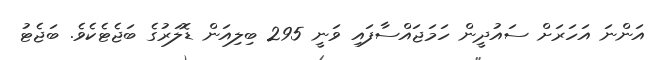
އަންނަ އަހަރަށް ސައުދީން ހަމަޖައްސާފައި ވަނީ 295 ބިލިއަން ޑޮލަރުގެ ބަޖެޓެކެވެ. ބަޖެޓު